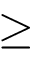
\geq